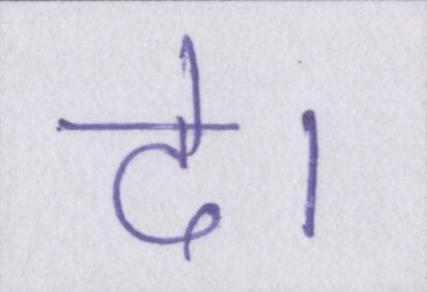
दे।